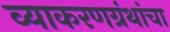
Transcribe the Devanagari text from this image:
व्याकरणग्रंथांचा